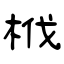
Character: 栰